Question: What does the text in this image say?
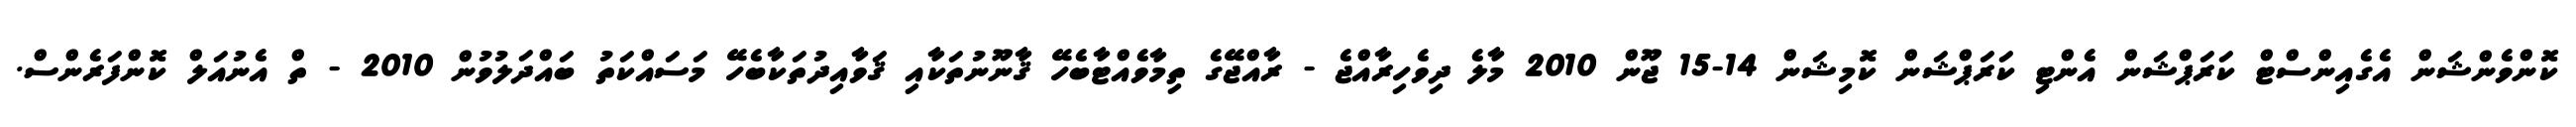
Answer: ކޮންވެންޝަން އެގެއިންސްޓް ކަރަޕްޝަން އެންޓި ކަރަޕްޝަން ކޮމިޝަން 14-15 ޖޫން 2010 މާލެ ދިވެހިރާއްޖެ - ރާއްޖޭގެ ތިމާވެއްޓާބެހޭ ޤާނޫނުތަކާއި ޤަވާއިދުތަކާބެހޭ މަސައްކަތު ބައްދަލުވުން 2010 - ތް އެނުއަލް ކޮންފަރެންސް.